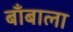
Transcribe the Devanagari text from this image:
बाँबाला